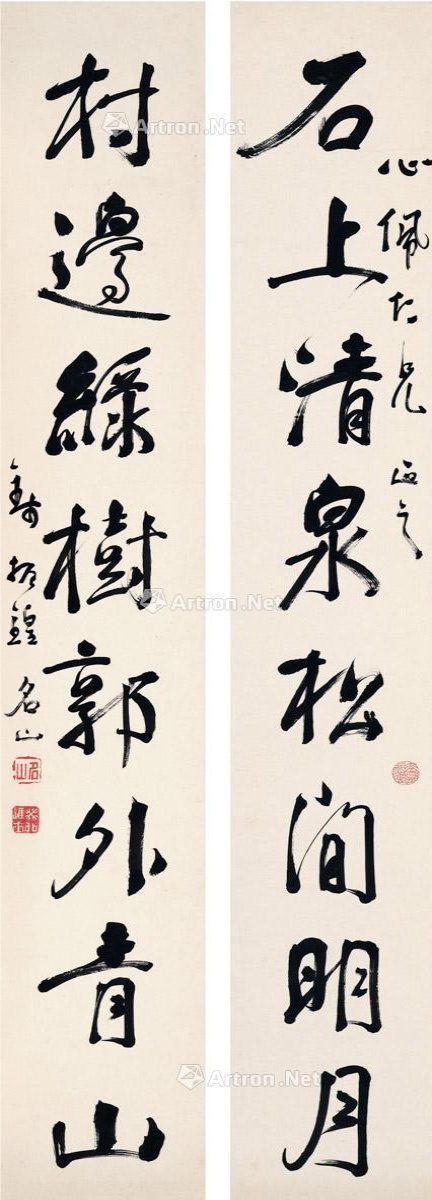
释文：石上清泉松间明月，村边绿树郭外青山。心佩仁兄正之，钱振锽名山。